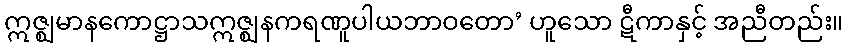
ဣဇ္ဈမာနကောဋ္ဌာသဣဇ္ဈနကရဏူပါယဘာဝတော’ ဟူသော ဋီကာနှင့် အညီတည်း။